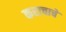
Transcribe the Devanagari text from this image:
कराचाचे